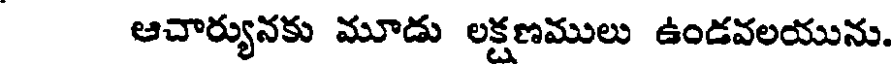
ఆచార్యునకు మూడు లక్షణములు ఉండవలయును.